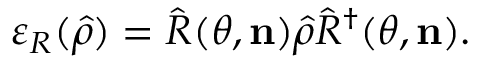
\varepsilon _ { R } ( \hat { \rho } ) = \hat { R } ( \theta , \mathbf { n } ) \hat { \rho } \hat { R } ^ { \dagger } ( \theta , \mathbf { n } ) .